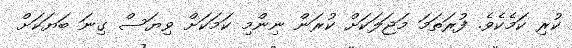
ކުރި ކަމެކެވެ. ފުރަތަމަ މަޖަލަކަށް ކުރަން ނިންމި ކަމަކަށް ވިޔަސް ގިނަ ބަޔަކަށް